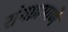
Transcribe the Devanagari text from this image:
रांगाप्रमाणे